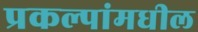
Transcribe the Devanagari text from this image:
प्रकल्पांमधील